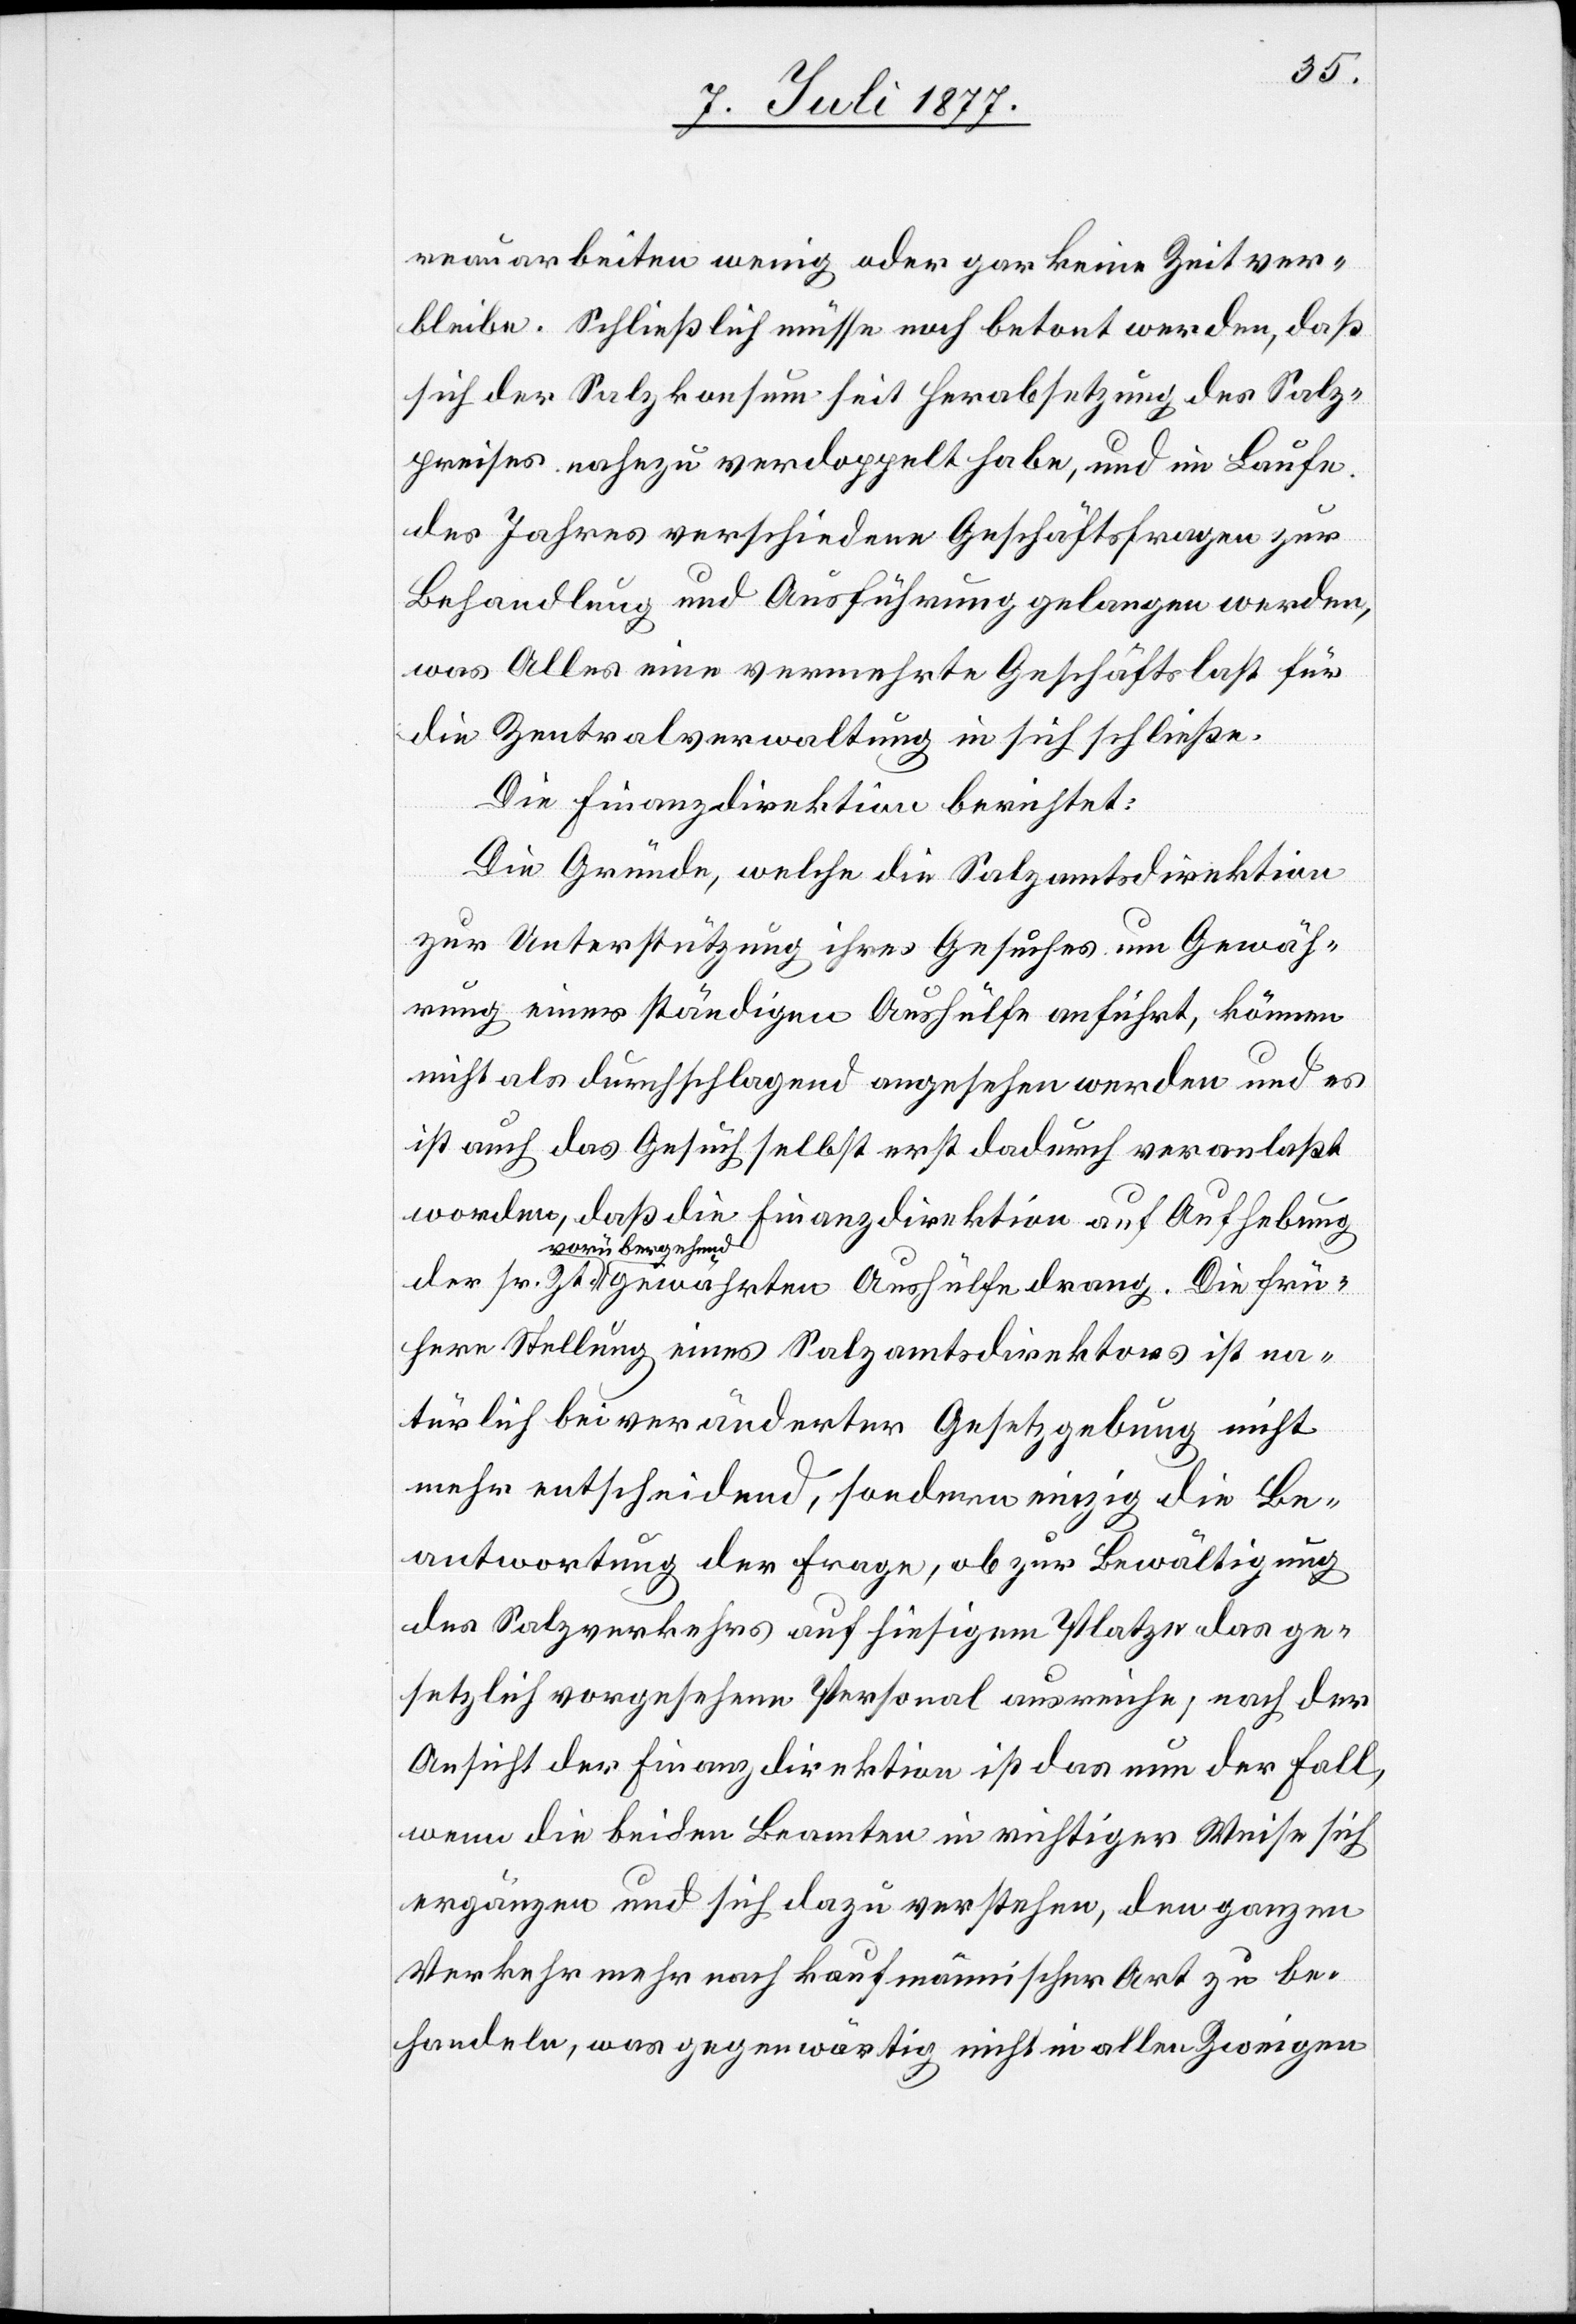
reauarbeiten wenig oder gar keine Zeit ver¬
bleibe. Schließlich müsse noch betont werden, daß
sich der Salzkonsum seit Herabsetzung des Salz¬
preises nahezu verdoppelt habe, und im Laufe
des Jahres verschiedene Geschäftsfragen zur
Behandlung und Ausführung gelangen werden,
was Alles eine vermehrte Geschäftslast für
die Zentralverwaltung in sich schließe.
Die Finanzdirektion berichtet:
Die Gründe, welche die Salzamtsdirektion
zur Unterstützung ihres Gesuches um Gewäh¬
rung einer ständigen Aushülfe anführt, können
frü¬
nicht als durchschlagend angesehen werden und es
ist auch das Gesuch selbst erst dadurch veranlaßt
worden, daß die Finanzdirektion auf Aufhebung
vorübergehend
here Stellung eines Salzamtsdirektors ist na¬
türlich bei veränderter Gesetzgebung nicht
mehr entscheidend, sondern einzig die Be¬
antwortung der Frage, ob zur Bewältigung
des Salzverkehrs auf hiesigem Platze das ge¬
setzlich vorgesehene Personal ausreiche; nach der
Ansicht der Finanzdirektion ist das nun der Fall,
wenn die beiden Beamten in richtiger Weise sich
ergänzen und sich dazu verstehen, den ganzen
Verkehr mehr nach kaufmännischer Art zu be¬
handeln, was gegenwärtig nicht in allen Zweigen